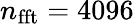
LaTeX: n_{\mathrm{{fft}}}=4096